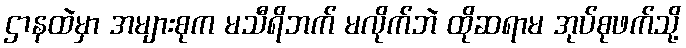
ဌာနထဲမှာ အများစုက မသီရိဘက် မလိုက်ဘဲ ထိုဆရာမ အုပ်စုဖက်သို့